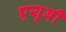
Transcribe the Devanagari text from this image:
एयूबी